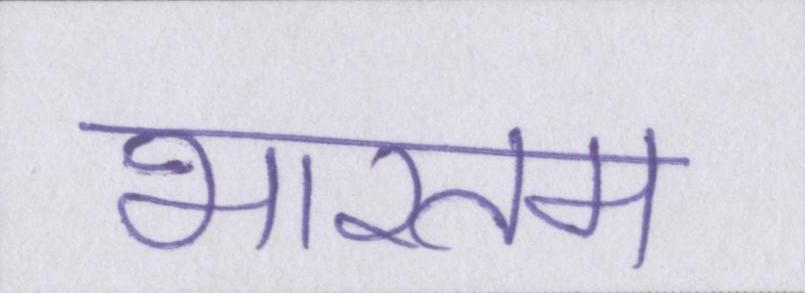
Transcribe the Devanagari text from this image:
भारतम